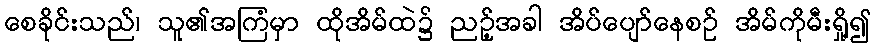
စေခိုင်းသည်၊ သူ၏အကြံမှာ ထိုအိမ်ထဲ၌ ညဉ့်အခါ အိပ်ပျော်နေစဉ် အိမ်ကိုမီးရှို့၍